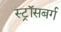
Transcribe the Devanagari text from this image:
स्ट्रॉसबर्ग